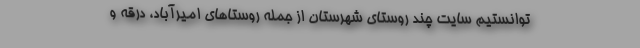
توانستیم سایت چند روستای شهرستان از جمله روستاهای امیرآباد، درقه و